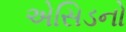
એસિડનો